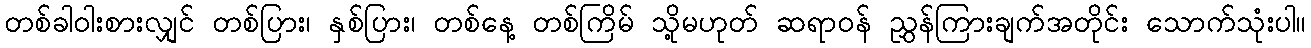
တစ်ခါဝါးစားလျှင် တစ်ပြား၊ နှစ်ပြား၊ တစ်နေ့ တစ်ကြိမ် သို့မဟုတ် ဆရာဝန် ညွှန်ကြားချက်အတိုင်း သောက်သုံးပါ။